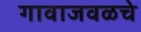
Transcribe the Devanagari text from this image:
गावाजवळचे